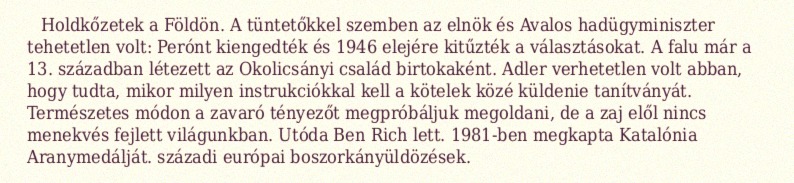
Holdkőzetek a Földön. A tüntetőkkel szemben az elnök és Avalos hadügyminiszter tehetetlen volt: Perónt kiengedték és 1946 elejére kitűzték a választásokat. A falu már a 13. században létezett az Okolicsányi család birtokaként. Adler verhetetlen volt abban, hogy tudta, mikor milyen instrukciókkal kell a kötelek közé küldenie tanítványát. Természetes módon a zavaró tényezőt megpróbáljuk megoldani, de a zaj elől nincs menekvés fejlett világunkban. Utóda Ben Rich lett. 1981-ben megkapta Katalónia Aranymedálját. századi európai boszorkányüldözések.